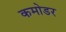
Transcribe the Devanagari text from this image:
कमोडर